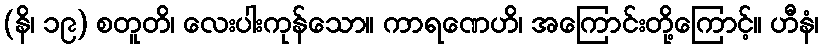
(နိ၊ ၁၉) စတူတိ၊ လေးပါးကုန်သော။ ကာရဏေဟိ၊ အကြောင်းတို့ကြောင့်။ ဟီနံ၊